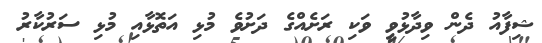
ޝިފާއު ދެން ވިދާޅުވީ ވަކި ރަށެއްގެ ދަށުވެ މުޅި އަތޮޅާއި މުޅި ސަރުކާރު